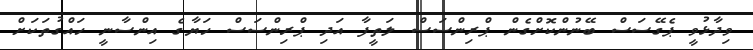
ވިދާޅުވީ ޕެގޭސަސް ބޭނުންކޮށްގެން ޕްރިންސަސް ލަތީފާ އަދި ޕްރިންސަސް ހަޔާގެ އިންސާނީ ހައްގުތަކަށް